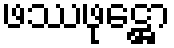
ဖဿဖုဋ္ဌော